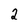
Character: 2